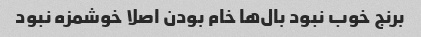
برنج خوب نبود بال‌ها خام بودن اصلا خوشمزه نبود